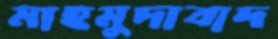
মাহমুদাবাদ